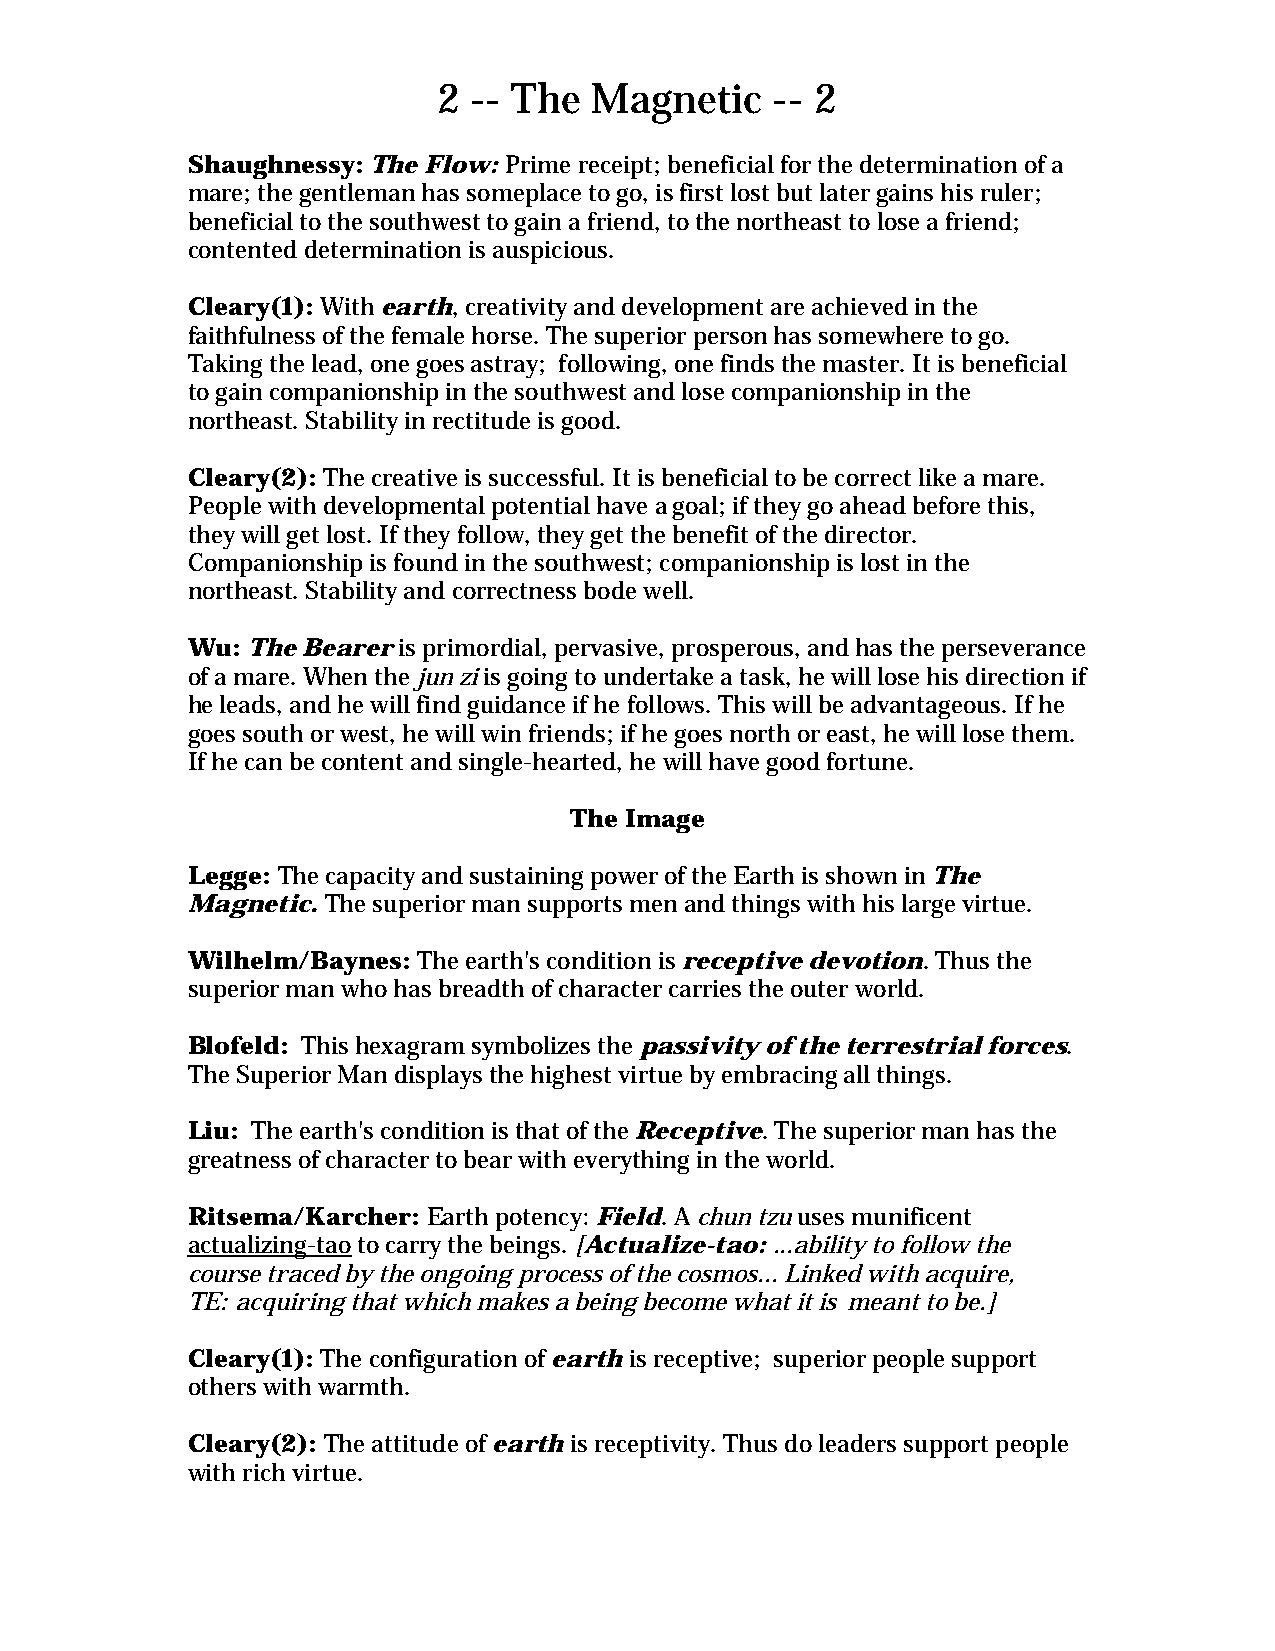
2 -- The  Magnetic    -- 2
 Shaughnessy: The Flow: Prime receipt; beneficial for the determination of a
 mare; the gentleman has someplace to go, is first lost but later gains his ruler;
 beneficial to the southwest to gain a friend, to the northeast to lose a friend;
 contented determination is auspicious.
 Cleary(1): With earth, creativity and development are achieved in the
 faithfulness of the female horse. The superior person has somewhere to go.
 Taking the lead, one goes astray; following, one finds the master. It is beneficial
 to gain companionship in the southwest and lose companionship in the
 northeast. Stability in rectitude is good.
 Cleary(2): The creative is successful. It is beneficial to be correct like a mare.
 People with developmental potential have a goal; if they go ahead before this,
 they will get lost. If they follow, they get the benefit of the director.
 Companionship is found in the southwest; companionship is lost in the
 northeast. Stability and correctness bode well.
 Wu: The Bearer is primordial, pervasive, prosperous, and has the perseverance
 of a mare. When the jun zi is going to undertake a task, he will lose his direction if
 he leads, and he will find guidance if he follows. This will be advantageous. If he
 goes south or west, he will win friends; if he goes north or east, he will lose them.
 If he can be content and single-hearted, he will have good fortune.
 The Image
 Legge: The capacity and sustaining power of the Earth is shown in The
 Magnetic. The superior man supports men and things with his large virtue.
 Wilhelm/Baynes: The earth's condition is receptive devotion. Thus the
 superior man who has breadth of character carries the outer world.
 Blofeld: This hexagram symbolizes the passivity of the terrestrial forces.
 The Superior Man displays the highest virtue by embracing all things.
 Liu: The earth's condition is that of the Receptive. The superior man has the
 greatness of character to bear with everything in the world.
 Ritsema/Karcher: Earth potency: Field. A chun tzu uses munificent
 actualizing-tao to carry the beings. [Actualize-tao: ...ability to follow the
 course traced by the ongoing process of the cosmos... Linked with acquire,
 TE: acquiring that which makes a being become what it is meant to be.]
 Cleary(1): The configuration of earth is receptive; superior people support
 others with warmth.
 Cleary(2): The attitude of earth is receptivity. Thus do leaders support people
 with rich virtue.